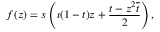
f ( z ) = s \left( \imath ( 1 - t ) z + \frac { t - z ^ { 2 } \overline { { t } } } { 2 } \right) ,